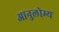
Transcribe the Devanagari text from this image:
आनुलोम्य